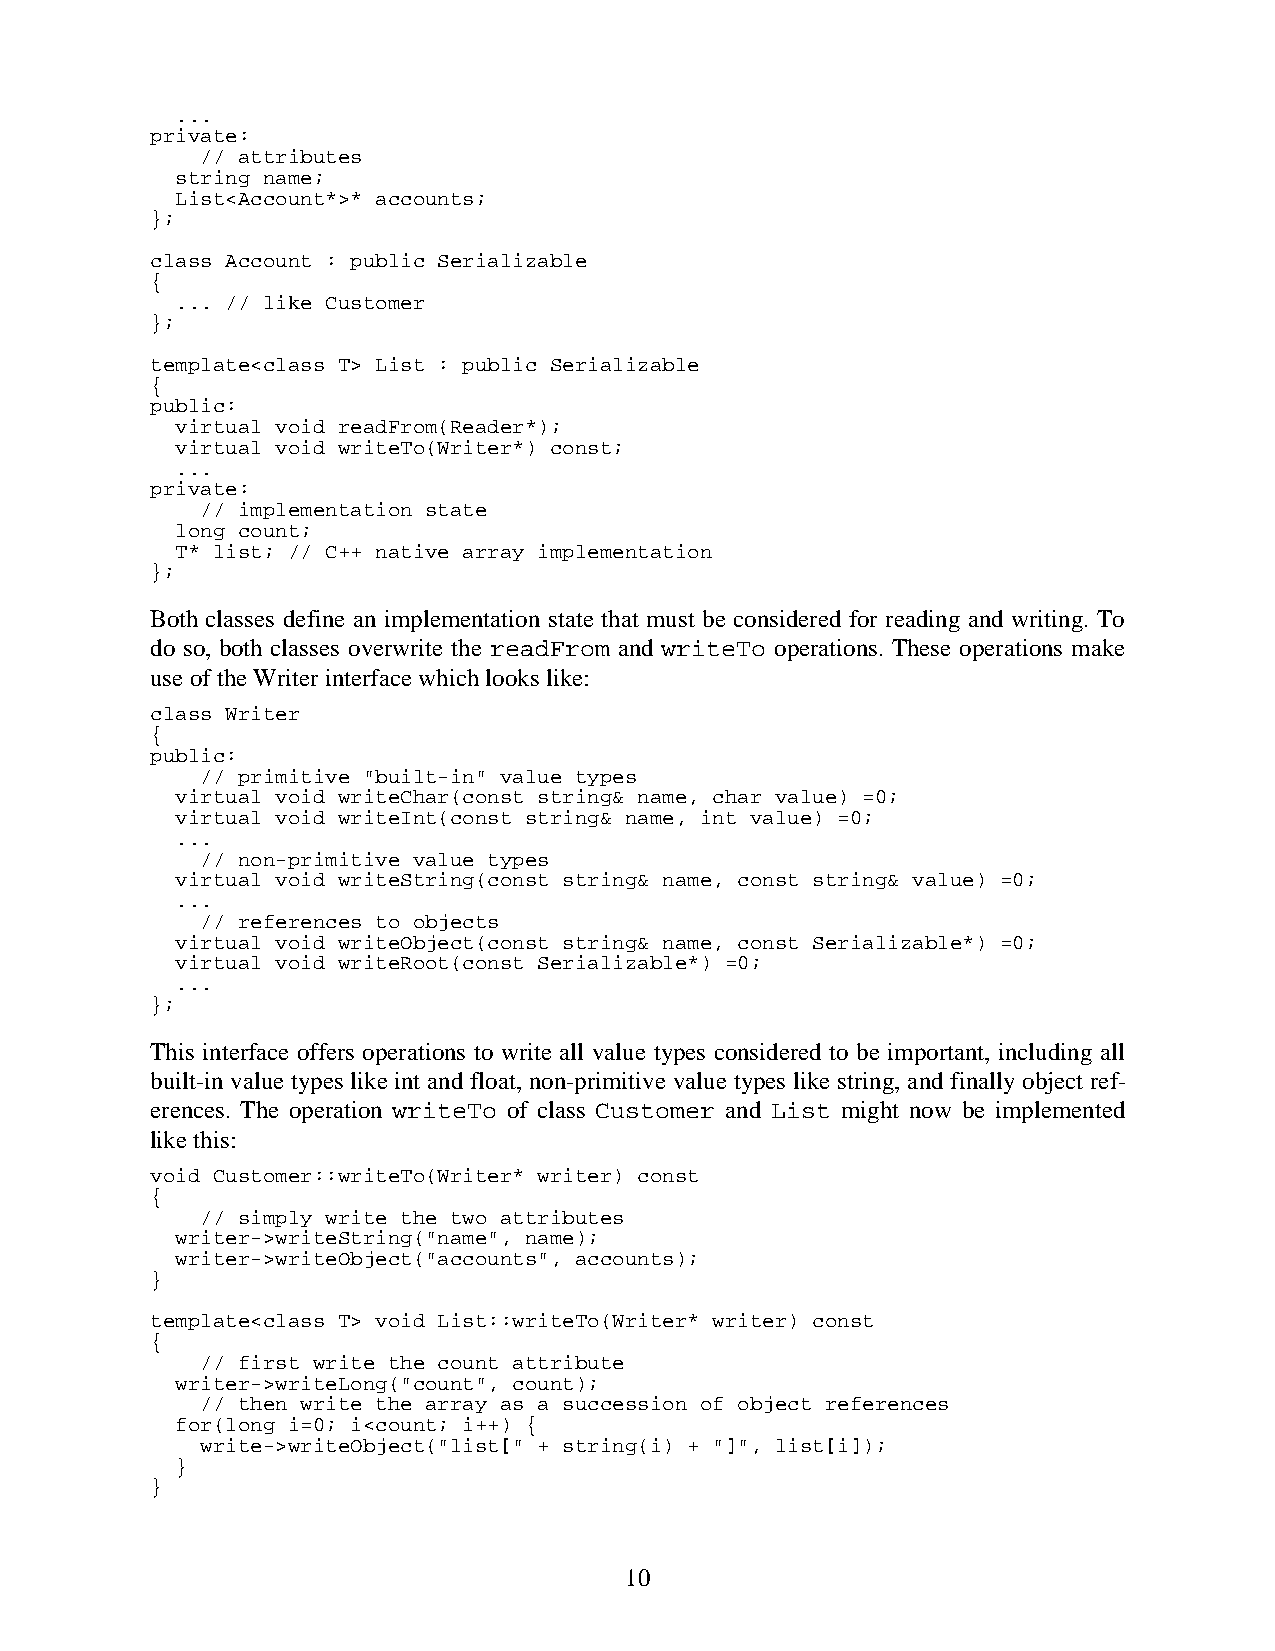
...
 private:
 // attributes
 string name;
 List<Account*>* accounts;
 };
 class Account : public Serializable
 {
 ... // like Customer
 };
 template<class T> List : public Serializable
 {
 public:
 virtual void readFrom(Reader*);
 virtual void writeTo(Writer*) const;
 ...
 private:
 // implementation state
 long count;
 T* list; // C++ native array implementation
 };
 Both classes define an implementation state that must be considered for reading and writing. To
 do so, both classes overwrite the readFrom and writeTo operations. These operations make
 use of the Writer interface which looks like:
 class Writer
 {
 public:
 // primitive "built-in" value types
 virtual void writeChar(const string& name, char value) =0;
 virtual void writeInt(const string& name, int value) =0;
 ...
 // non-primitive value types
 virtual void writeString(const string& name, const string& value) =0;
 ...
 // references to objects
 virtual void writeObject(const string& name, const Serializable*) =0;
 virtual void writeRoot(const Serializable*) =0;
 ...
 };
 This interface offers operations to write all value types considered to be important, including all
 built-in value types like int and float, non-primitive value types like string, and finally object ref-
 erences. The operation writeTo of class Customer and List might now be implemented
 like this:
 void Customer::writeTo(Writer* writer) const
 {
 // simply write the two attributes
 writer->writeString("name", name);
 writer->writeObject("accounts", accounts);
 }
 template<class T> void List::writeTo(Writer* writer) const
 {
 // first write the count attribute
 writer->writeLong("count", count);
 // then write the array as a succession of object references
 for(long i=0; i<count; i++) {
 write->writeObject("list[" + string(i) + "]", list[i]);
 }
 }
 10